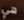
هي